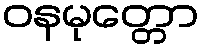
ဝနမုတ္တော